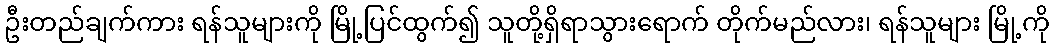
ဦးတည်ချက်ကား ရန်သူများကို မြို့ပြင်ထွက်၍ သူတို့ရှိရာသွားရောက် တိုက်မည်လား၊ ရန်သူများ မြို့ကို